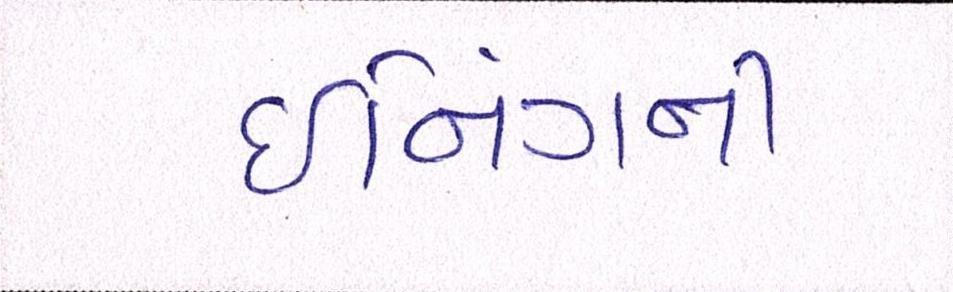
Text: ઈનિંગની